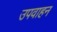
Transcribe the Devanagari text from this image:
उपवाहन